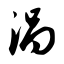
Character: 涡